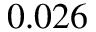
0 . 0 2 6